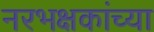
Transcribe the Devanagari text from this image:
नरभक्षकांच्या